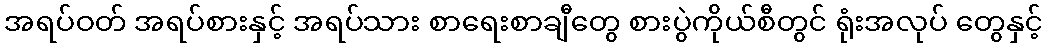
အရပ်ဝတ် အရပ်စားနှင့် အရပ်သား စာရေးစာချီတွေ စားပွဲကိုယ်စီတွင် ရုံးအလုပ် တွေနှင့်